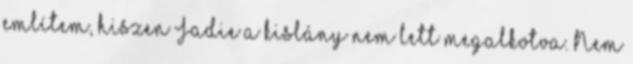
említem, hiszen Jadie a kislány nem lett megalkotva. Nem